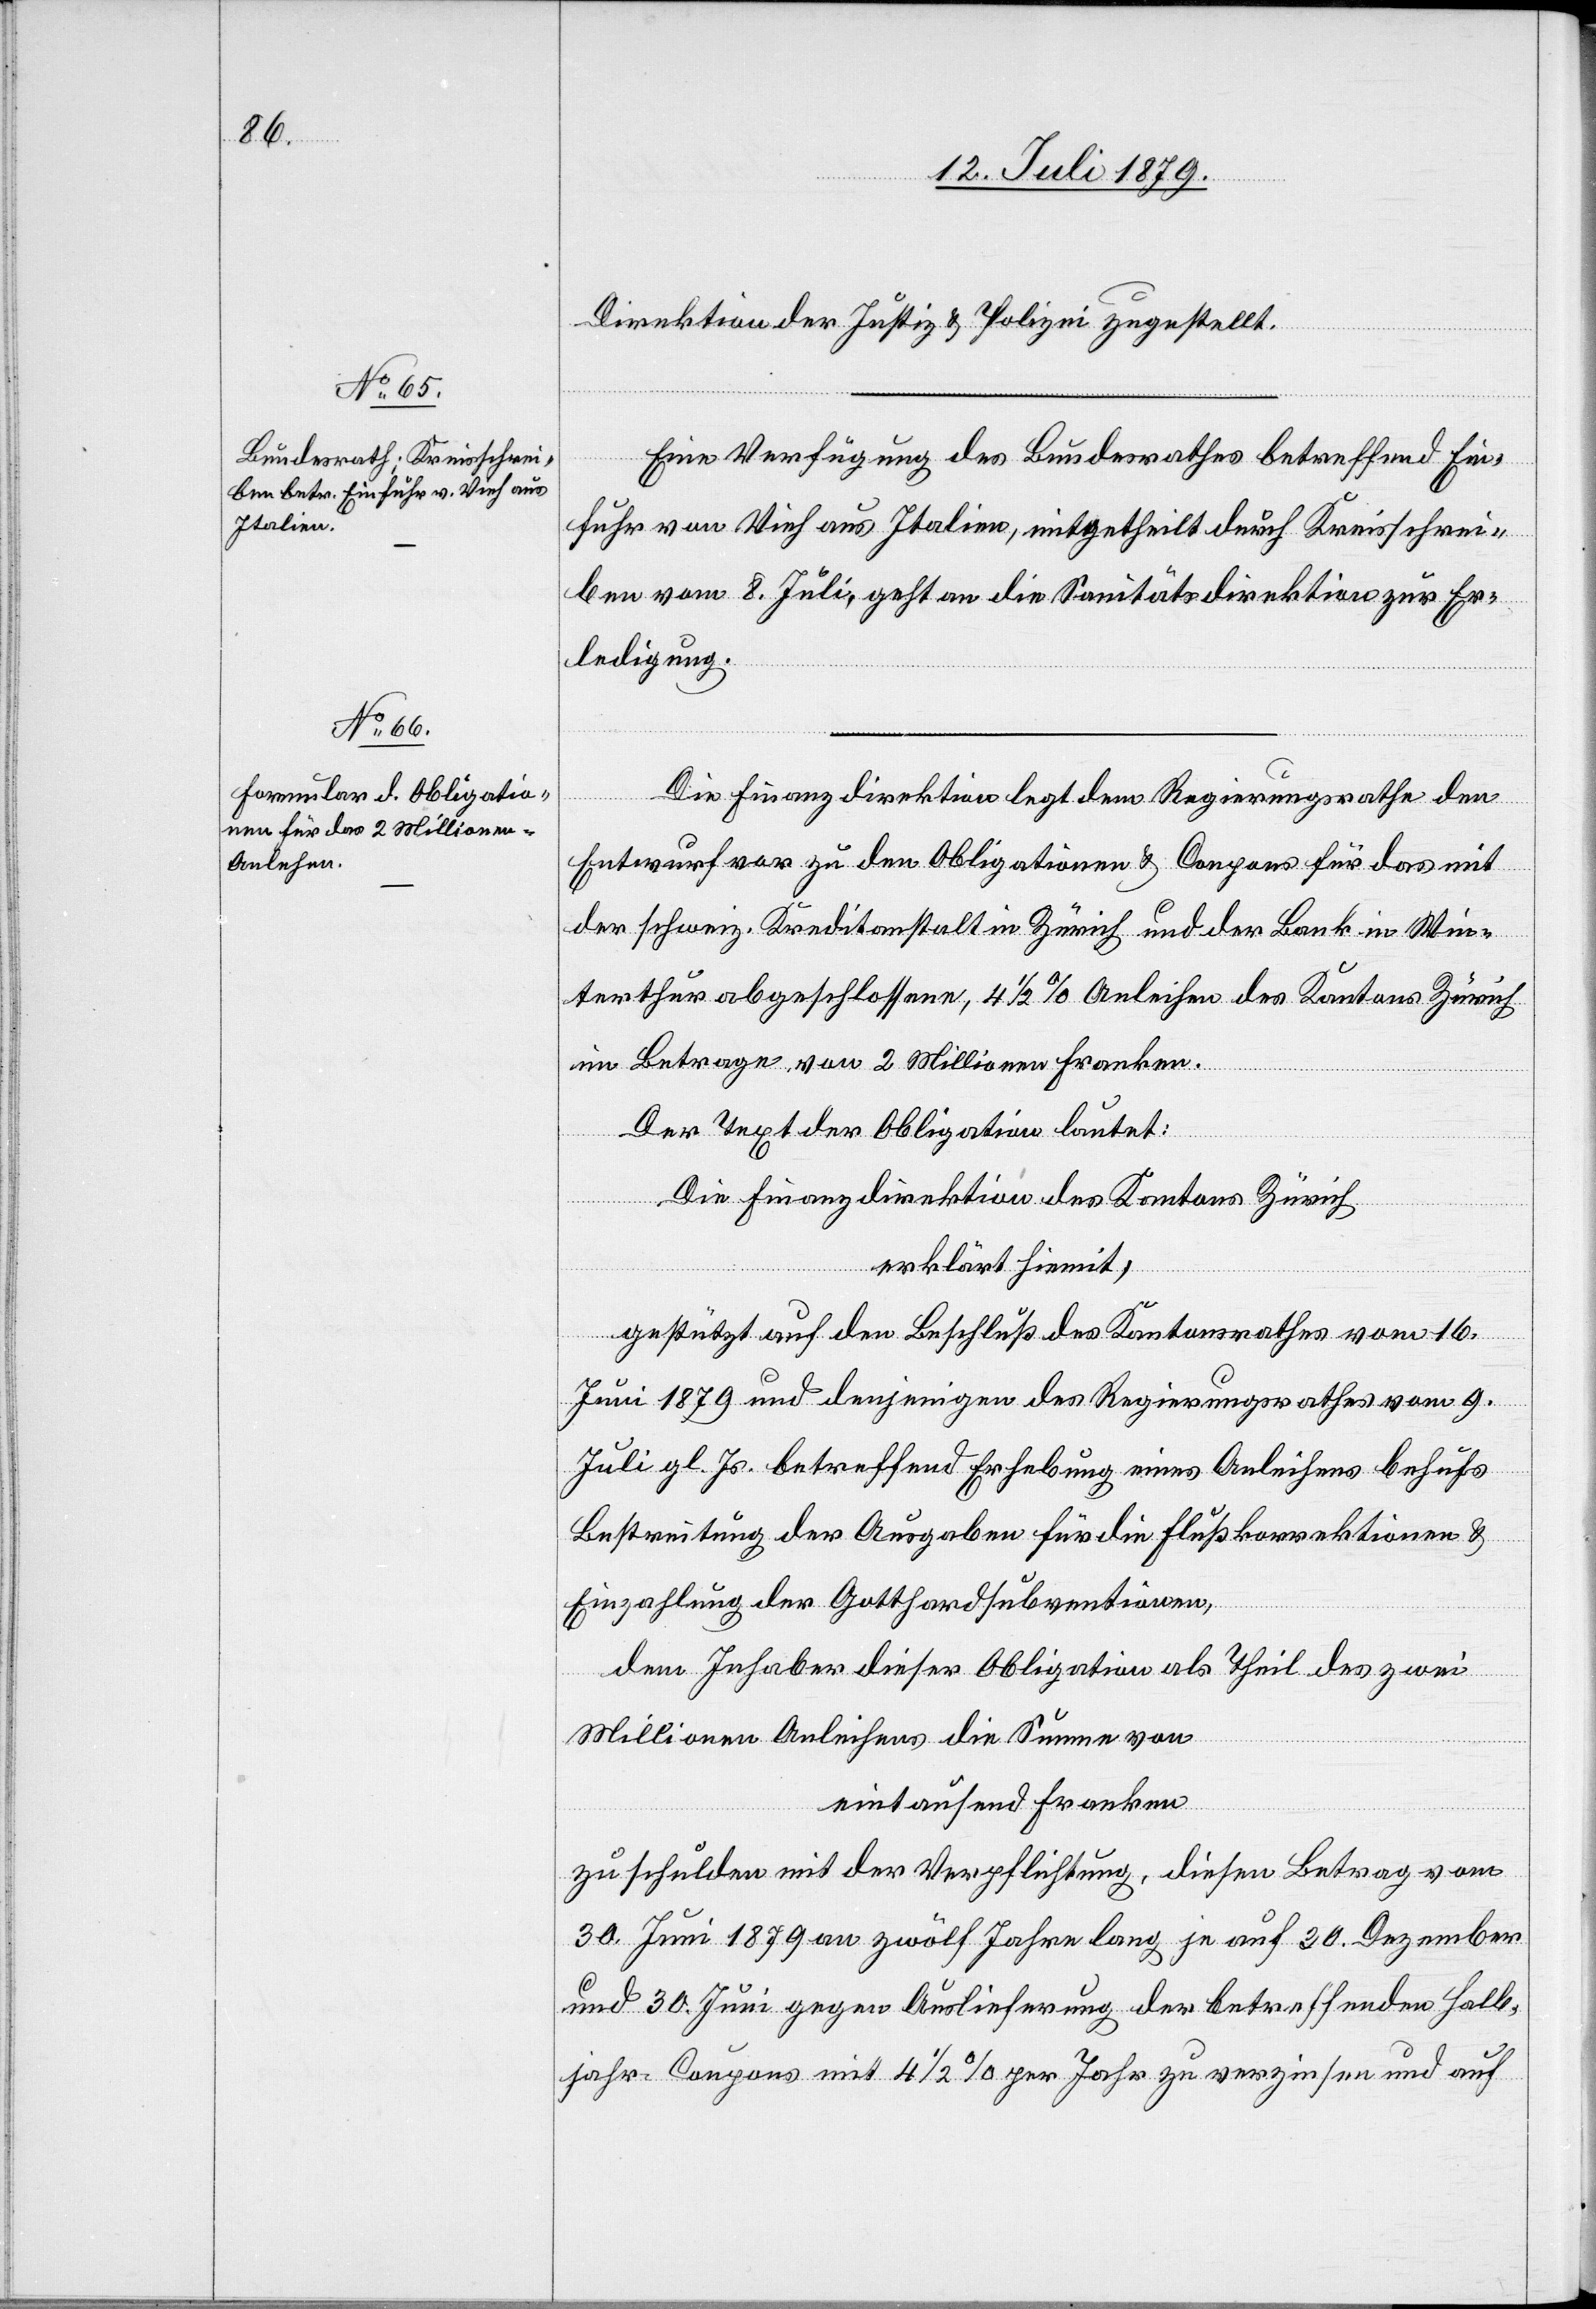
Direktion der Justiz & Polizei zugestellt.
Eine Verfügung des Bundesrathes betreffend Ein¬
fuhr von Vieh aus Italien, mitgetheilt durch Kreisschrei¬
ben vom 8. Juli, geht an die Sanitätsdirektion zur Er¬
ledigung.
Die Finanzdirektion legt dem Regierungsrathe den
Entwurf vor zu den Obligationen & Coupons für das mit
der schweiz. Kreditanstalt in Zürich und der Bank in Win¬
terthur abgeschlossene, 4 1/2% Anleihen des Kantons Zürich
im Betrage von 2 Millionen Franken.
Der Text der Obligation lautet:
Die Finanzdirektion des Kantons Zürich
erklärt hiemit,
gestützt auf den Beschluß des Kantonsrathes vom 16.
Juni 1879 und denjenigen des Regierungsrathes vom 9.
Juli gl. Js. betreffend Erhebung eines Anleihens behufs
Bestreitung der Ausgaben für die Flußkorrektionen &
Einzahlung der Gotthardsubventionen,
dem Inhaber dieser Obligation als Theil des zwei
Millionen Anleihens die Summe von
eintausend Franken
zu schulden mit der Verpflichtung, diesen Betrag vom
30. Juni 1879 an zwölf Jahre lang je auf 30. Dezember
und 30. Juni gegen Auslieferung der betreffenden Halb¬
jahr-Coupons mit 4 1/2% per Jahr zu verzinsen und auf